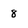
Character: 8